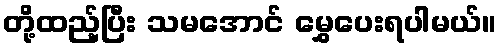
တို့ထည့်ပြီး သမအောင် မွှေပေးရပါမယ်။